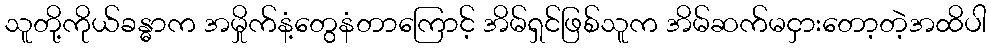
သူတို့ကိုယ်ခန္ဓာက အမှိုက်နံ့တွေနံတာကြောင့် အိမ်ရှင်ဖြစ်သူက အိမ်ဆက်မငှားတော့တဲ့အထိပါ